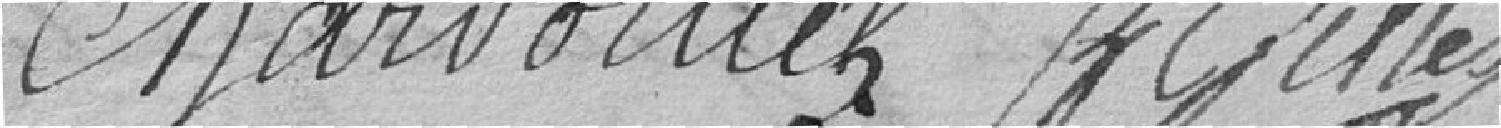
Chardoillet B. Gilles